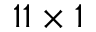
1 1 \times 1